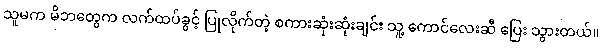
သူမက မိဘတွေက လက်ထပ်ခွင့် ပြုလိုက်တဲ့ စကားဆုံးဆုံးချင်း သူ့ ကောင်လေးဆီ ပြေး သွားတယ်။